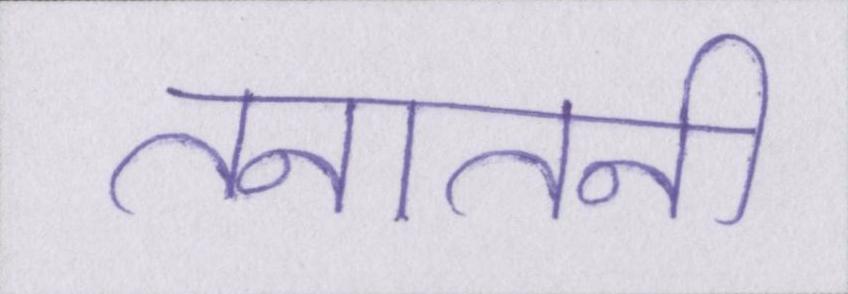
तनातनी